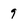
Character: 9